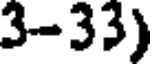
3-33)